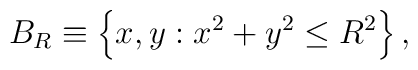
B_{R} \equiv \left \{ x,y: x^{2}+y^{2} \leq R^{2} \right \},